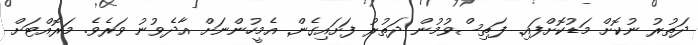
ދަތުރު ނުކޮށް މަޑުކޮށްފައި